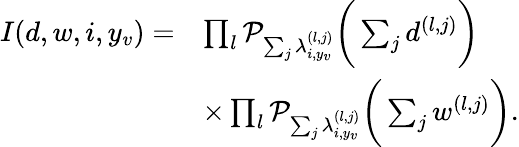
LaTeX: \begin{array}{rl}{I(d,w,i,y_{v})=}&{\prod_{l}\mathcal{P}_{\sum_{j}{\lambda_{i,y_{v}}^{(l,j)}}}\bigg(\sum_{j}{d^{(l,j)}}\bigg)}\\ &{\times\prod_{l}\mathcal{P}_{\sum_{j}{\lambda_{i,y_{v}}^{(l,j)}}}\bigg(\sum_{j}{w^{(l,j)}}\bigg).}\end{array}